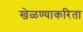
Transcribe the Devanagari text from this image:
खेळण्याकरिता